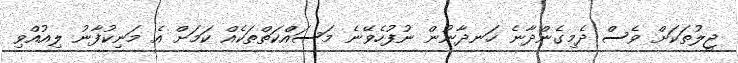
ޖީލުތަކަށް ވެސް ދެމިގެންދާނެ ހަނދާނުން ނުފުހެވޭނެ މަސައްކަތްތަކެއް ކަމަށް އެ މަނިކުފާނު ލިއުއްވި